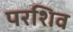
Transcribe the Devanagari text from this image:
परशिव